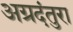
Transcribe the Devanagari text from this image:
अग्रदंतुरा